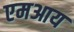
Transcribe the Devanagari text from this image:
एमआय